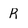
Character: R